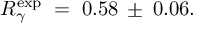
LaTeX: R _ { \gamma } ^ { \exp } \; = \; 0 . 5 8 \: \pm \: 0 . 0 6 .